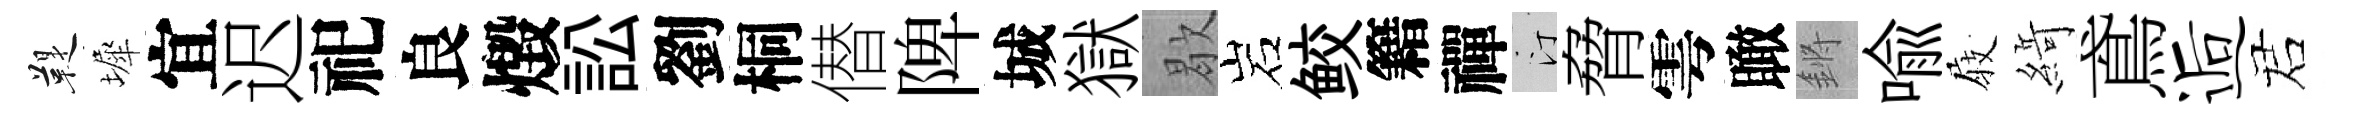
鞮墀宜迟祀良燬訟劉桐僣陴城獄歇岩鲛籍禪汀脅雩瞰鏘喻𡲆𦂶鳶逅诺